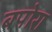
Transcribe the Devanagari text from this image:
बपोरा